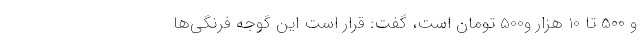
و 500 تا 10 هزار و500 تومان است، گفت: قرار است این گوجه فرنگی‌ها